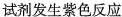
试剂发生紫色反应